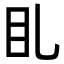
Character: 𥃤